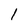
Character: 1